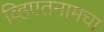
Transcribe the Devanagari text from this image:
व्हिएतनामचा